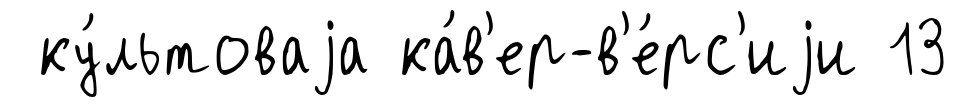
ку́льтоваjа ка́в'ер-в'е́рс'иjи 13